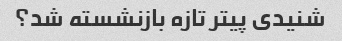
شنیدی پیتر تازه بازنشسته شد؟